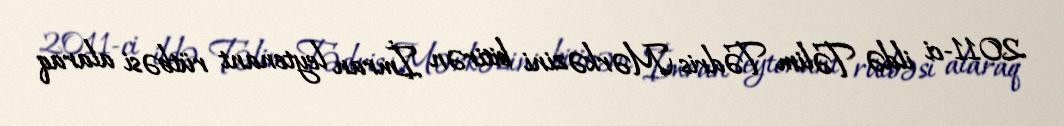
2011-ci ildə Təlim Tədris Mərkəzini bitirən İmran leytenant rütbəsi alaraq